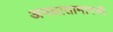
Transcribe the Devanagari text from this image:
अपघातामागची